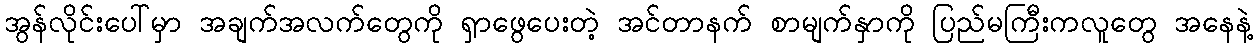
အွန်လိုင်းပေါ်မှာ အချက်အလက်တွေကို ရှာဖွေပေးတဲ့ အင်တာနက် စာမျက်နှာကို ပြည်မကြီးကလူတွေ အနေနဲ့